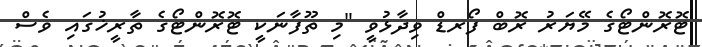
ޓޮރޮންޓޯގެ މޭޔަރު ރޮބް ފޯރޑް ވިދާޅުވީ "މި ތޫފާނަކީ ޓޮރޮންޓޯގެ ތާރީޚުގައި ވެސް